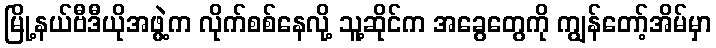
မြို့နယ်ဗီဒီယိုအဖွဲ့က လိုက်စစ်နေလို့ သူ့ဆိုင်က အခွေတွေကို ကျွန်တော့်အိမ်မှာ